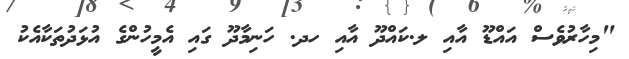
"މިހާރުވެސް އައްޑޫ އާއި ލ.ކައްދޫ އާއި ހދ. ހަނިމާދޫ ގައި އެމީހުންގެ އުޅަދުތަކާއެކު